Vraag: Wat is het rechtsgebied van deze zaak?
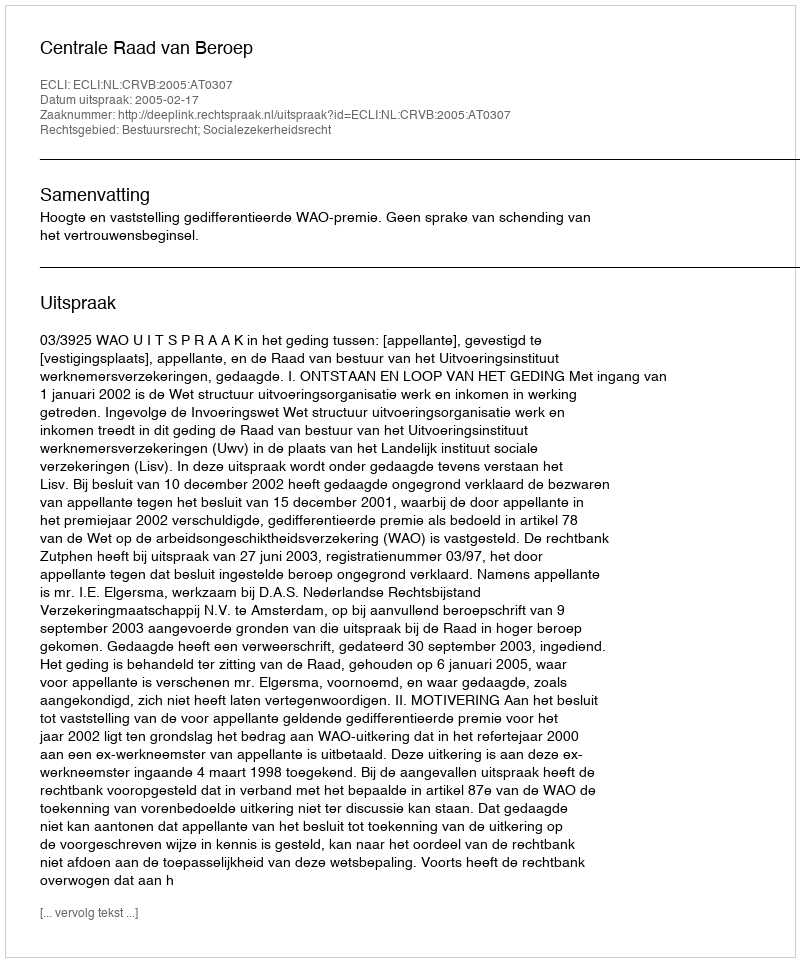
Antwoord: Bestuursrecht; Socialezekerheidsrecht